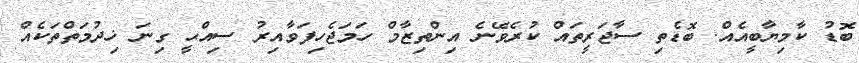
ބޮޑު ކާމިޔާބީއެއް. ބޮޑެތި ސާޖަރީތައް ކުރެވޭނެ އިންތިޒާމް ހަމަޖެހިފަވާއިރު ސިއްޙީ ގިނަ ޚިދުމަތްތަކެއް